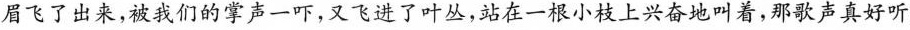
眉飞了出来，被我们的掌声一吓，又飞进了叶丛，站在一根小枝上兴奋地叫着，那歌声真好听。